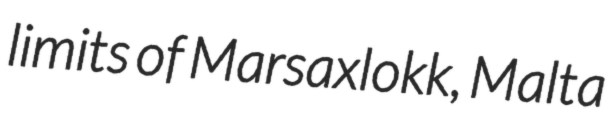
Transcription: limits of Marsaxlokk, Malta